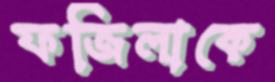
ফজিলাকে